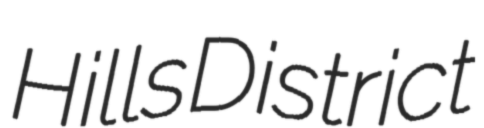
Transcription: Hills District